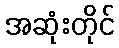
အဆုံးတိုင်